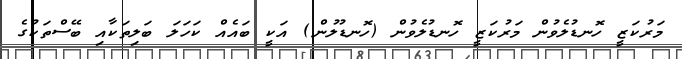
މަރުކަޒީ ހޮނޑުލެވުން މަރުކަޒީ ހޮނޑުލެވުން (ހޮނޑުލުން) އަކީ ބައެއް ކަހަލަ ބަލިތަކާއި ބޭސްތަކުގެ